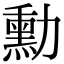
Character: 勳